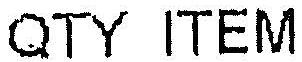
QTY ITEM